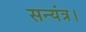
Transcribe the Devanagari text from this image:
सन्यंत्र।